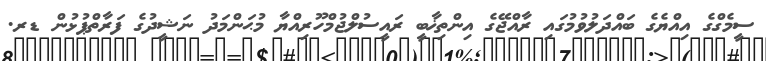
ސީމެގްގެ އިއްޔެގެ ބައްދަލުވުމުގައި ރާއްޖޭގެ އިންތިޚާބީ ރައީސުލްޖުމްހޫރިއްޔާ މުޙަންމަދު ނަޝީދުގެ ފަރާތްޕުޅުން ޑރ.